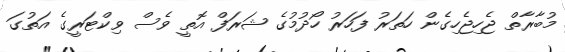
މުބާރާތް ޖެހިޖެހިގެން ހަތަރު ފަހަރު ހޯދުމުގެ ޝަރަފް އޮތީ ވެސް ވިކްޓަރީގެ އަތުގަ